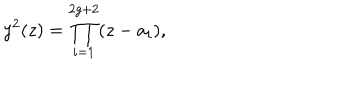
LaTeX: y ^ { 2 } ( z ) = \prod _ { i = 1 } ^ { 2 g + 2 } ( z - a _ { i } ) ,